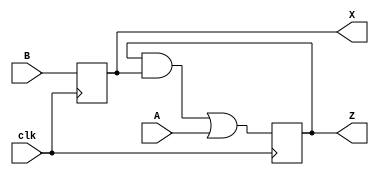
module dut (
  input A, B, clk,
  output reg X, Z
);
  always @(posedge clk) begin
    X <= B;
    Z <= (Z & X) | A;
  end
endmodule